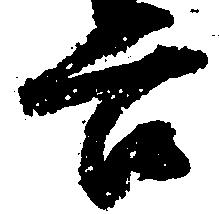
谷